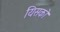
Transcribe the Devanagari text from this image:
यिसको